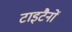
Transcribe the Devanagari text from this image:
टाइटैनों